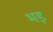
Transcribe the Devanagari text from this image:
भड़